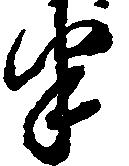
半